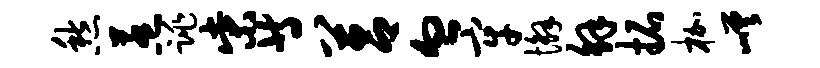
愁惹跳柴等莒血牢懈解拓枷嵯